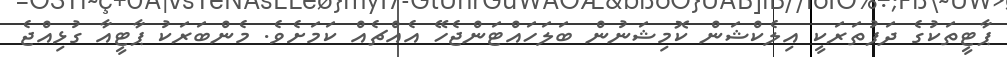
ޕާޓީތަކުގެ ދަފުތަރަކީ އިލެކްޝަން ކޮމިޝަނުން ބަލަހައްޓަންޖެހޭ އެއްޗެއް ކަމަށެވެ. މެންބަރަކު ޕާޓީއާ ގުޅިއްޖެ